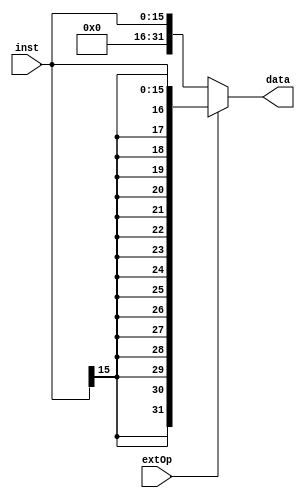
`timescale 1ns / 1ps
//////////////////////////////////////////////////////////////////////////////////
// Company: 
// Engineer: 
// 
// Design Name: 
// Module Name: Signext
// Project Name: 
// Target Devices: 
// Tool Versions: 
// Description: 
// 
// Dependencies: 
// 
// Revision:
// Revision 0.01 - File Created
// Additional Comments:
// 
//////////////////////////////////////////////////////////////////////////////////


module Signext(
    input extOp,
    input [15:0] inst,
    output [31:0] data
    );

    assign data = extOp ? {{16{inst[15]}}, inst} : {{16{1'b0}}, inst};
endmodule